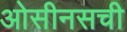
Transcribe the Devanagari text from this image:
ओसीनसची